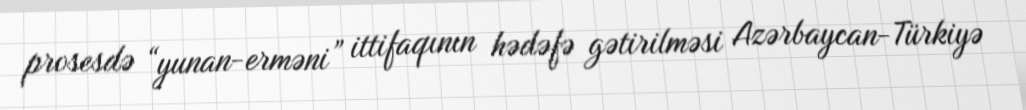
prosesdə “yunan-erməni” ittifaqının hədəfə gətirilməsi Azərbaycan-Türkiyə